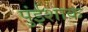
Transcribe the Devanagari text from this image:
पुंईशाक